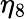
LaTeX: \eta_{8}